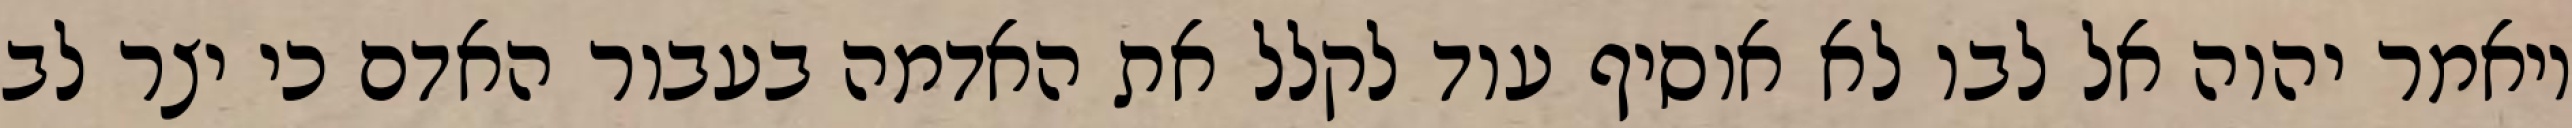
ויאמר יהוה אל לבו לא אוסיף עוד לקלל את האדמה בעבור האדם כי יצר לב